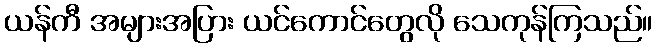
ယန်ကီ အများအပြား ယင်ကောင်တွေလို သေကုန်ကြသည်။